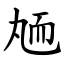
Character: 䎠